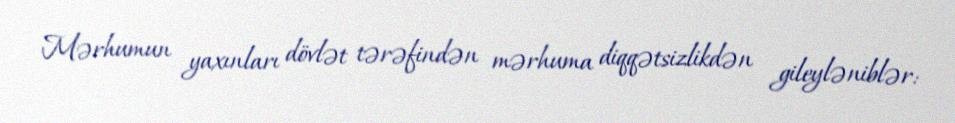
Mərhumun yaxınları dövlət tərəfindən mərhuma diqqətsizlikdən gileyləniblər: